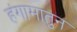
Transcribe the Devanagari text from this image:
हंगामातुन